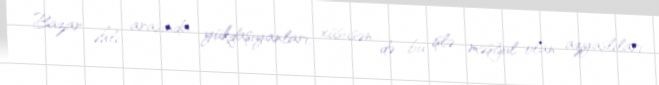
Bazar əhli arasında yükdaşıyanları, xüsusən də bu işlə məşğul olan azyaşlıları